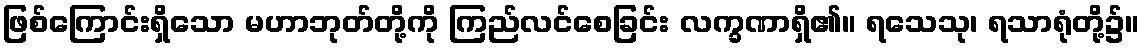
ဖြစ်ကြောင်းရှိသော မဟာဘုတ်တို့ကို ကြည်လင်စေခြင်း လက္ခဏာရှိ၏။ ရသေသု၊ ရသာရုံတို့၌။